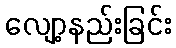
လျော့နည်းခြင်း